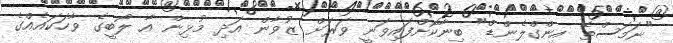
"ނަމަސްތޭ އިންގްލެންޑް" ބިނާކޮށްފައިވަނީ ވަރަށް ޒުވާން އަދި މުޅިން އާ ލޯބީގެ ވާހަކައެއްގެ